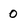
Character: 0